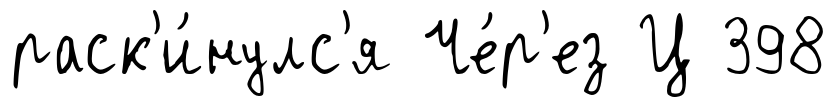
раск'и́нулс'я Че́р'ез Ц 398